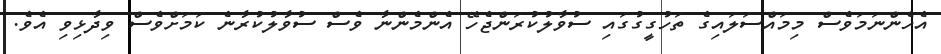
އެހެންނަމަވެސް މިމައްސަލައިގެ ތަހުގީގުގައި ސުވާލުކުރަންޖެހޭ އެންމެންނާ ވެސް ސުވާލުކުރާނެ ކަމަށްވެސް ވިދާޅިވި އެވެ.